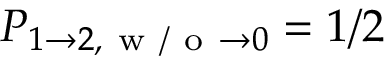
P _ { 1 \to 2 , \mathrm { ~ w ~ / ~ o ~ } \to 0 } = 1 / 2